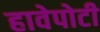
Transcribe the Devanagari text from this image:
हावेपोटी